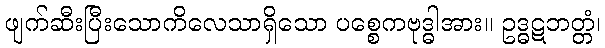
ဖျက်ဆီးပြီးသောကိလေသာရှိသော ပစ္စေကဗုဒ္ဓါအား။ ဥဒ္ဓဋဘတ္တံ၊